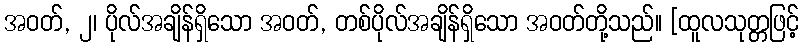
အဝတ်, ၂၊ ပိုလ်အချိန်ရှိသော အဝတ်, တစ်ပိုလ်အချိန်ရှိသော အဝတ်တို့သည်။ [ထူလသုတ္တဖြင့်